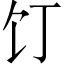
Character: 饤